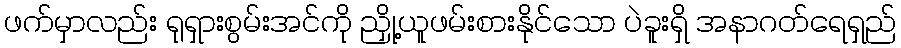
ဖက်မှာလည်း ရုရှားစွမ်းအင်ကို ညှို့ယူဖမ်းစားနိုင်သော ပဲခူးရှိ အနာဂတ်ရေရှည်